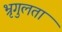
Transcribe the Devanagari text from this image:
भ्रृगुलता